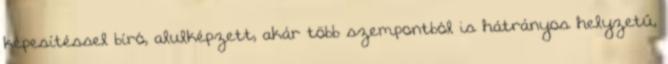
képesítéssel bíró, alulképzett, akár több szempontból is hátrányos helyzetű,